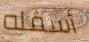
أسفله